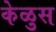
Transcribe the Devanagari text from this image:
केळुस